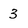
Character: 3